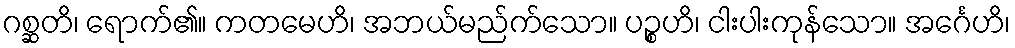
ဂစ္ဆတိ၊ ရောက်၏။ ကတမေဟိ၊ အဘယ်မည်က်သော။ ပဉ္စဟိ၊ ငါးပါးကုန်သော။ အင်္ဂေဟိ၊